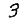
Digit: 3